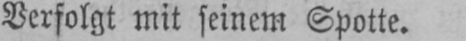
Verfolgt mit seinem Spotte.